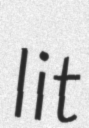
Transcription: lit